Annual report of the Punjab Veterinary College and of the Civil Veterinary Department, Punjab - 1920-1925
Year: 1920
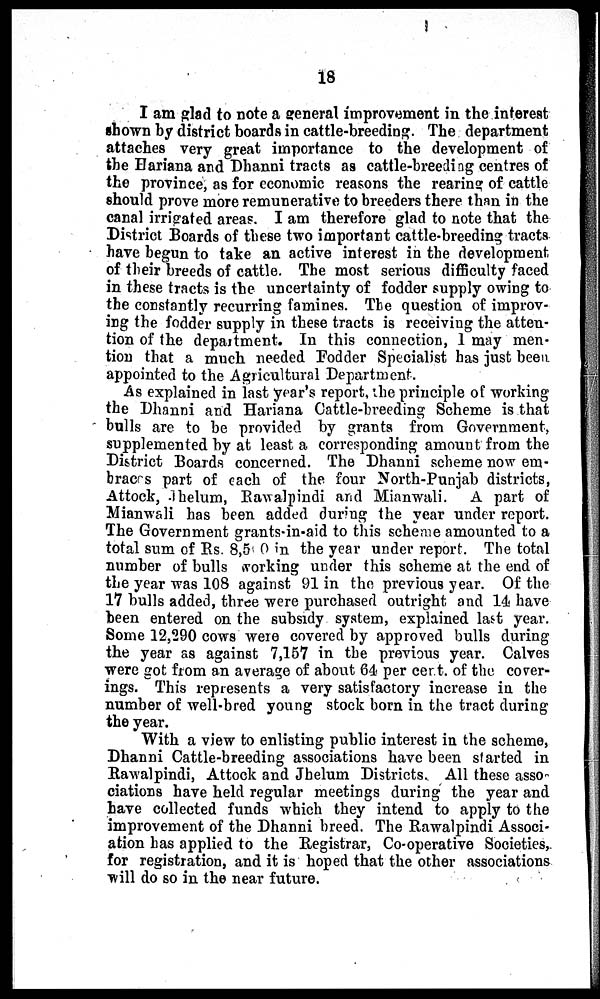
18
I am glad to note a general improvement in the interest
shown by district boards in cattle-breeding. The department
attaches very great importance to the development of
the Hariana and Dhanni tracts as cattle-breeding centres of
the province, as for economic reasons the rearing of cattle
should prove more remunerative to breeders there than in the
canal irrigated areas. I am therefore glad to note that the
District Boards of these two important cattle-breeding tracts
have begun to take an active interest in the development
of their breeds of cattle. The most serious difficulty faced
in these tracts is the uncertainty of fodder supply owing to
the constantly recurring famines. The question of improv-
ing the fodder supply in these tracts is receiving the atten-
tion of the department. In this connection, 1 may men-
tion that a much needed Fodder Specialist has just been
appointed to the Agricultural Department.
As explained in last year's report, the principle of working
the Dhanni and Hariana Cattle-breeding Scheme is that
bulls are to be provided by grants from Government,
supplemented by at least a corresponding amount from the
District Boards concerned. The Dhanni scheme now em-
braces part of each of the four North-Punjab districts,
Attock, Jhelum, Rawalpindi and Mianwali. A part of
Mianwali has been added during the year under report.
The Government grants-in-aid to this scheme amounted to a
total sum of Rs. 8,500 in the year under report. The total
number of bulls working under this scheme at the end of
the year was 108 against 91 in the previous year. Of the
17 bulls added, three were purchased outright and 14 have
been entered on the subsidy system, explained last year.
Some 12,290 cows were covered by approved bulls during
the year as against 7,157 in the previous year. Calves
were got from an average of about 64 per cert. of the cover-
ings. This represents a very satisfactory increase in the
number of well-bred young stock born in the tract during
the year.
With a view to enlisting public interest in the scheme,
Dhanni Cattle-breeding associations have been started in
Rawalpindi, Attock and Jhelum Districts. All these asso
ciations have held regular meetings during the year and
have collected funds which they intend to apply to the
improvement of the Dhanni breed. The Rawalpindi Associ-
ation has applied to the Registrar, Co-operative Societies,
for registration, and it is hoped that the other associations
will do so in the near future.